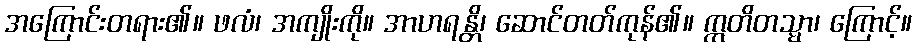
အကြောင်းတရား၏။ ဖလံ၊ အကျိုးကို။ အာဟရန္တိ၊ ဆောင်တတ်ကုန်၏။ ဣတိတသ္မာ၊ ကြောင့်။